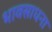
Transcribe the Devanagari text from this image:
भावसाधना